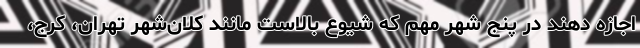
اجازه دهند در پنج شهر مهم که شیوع بالاست مانند کلان‌شهر تهران، کرج،